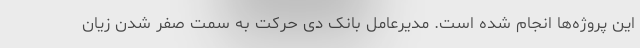
این پروژه‌ها انجام شده است. مدیرعامل بانک دی حرکت به سمت صفر شدن زیان